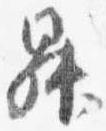
昇